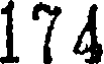
174